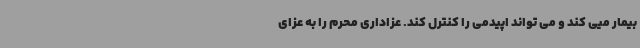
بیمار میی کند و می تواند اپیدمی را کنترل کند. عزاداری محرم را به عزای